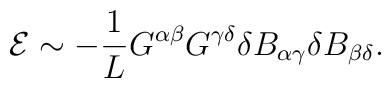
{\cal E} \sim -\frac{1}{L} G^{\alpha\beta} G^{\gamma\delta} \delta B_{\alpha\gamma} \delta B_{\beta\delta}.